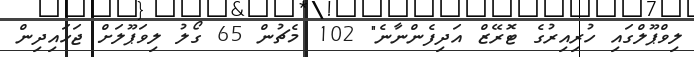
ލިވްޕޫލްގައި ހުރިއިރުގެ ޓޮރޭޒް އަދިފެންނާނެ" 102 މެޗުން 65 ގޯލު ލިވަޕޫލަށް ޖަހައިދިން